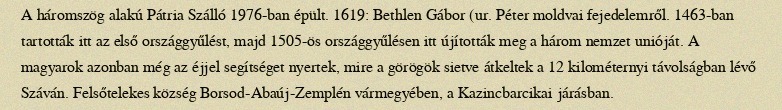
A háromszög alakú Pátria Szálló 1976-ban épült. 1619: Bethlen Gábor (ur. Péter moldvai fejedelemről. 1463-ban tartották itt az első országgyűlést, majd 1505-ös országgyűlésen itt újították meg a három nemzet unióját. A magyarok azonban még az éjjel segítséget nyertek, mire a görögök sietve átkeltek a 12 kilométernyi távolságban lévő Száván. Felsőtelekes község Borsod-Abaúj-Zemplén vármegyében, a Kazincbarcikai járásban.